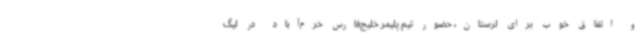
و اتفاق خوب برای لرستان، حضور تیم پلیمر خلیج‌فارس خرم‌آباد در لیگ